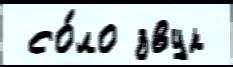
 со́ло звук